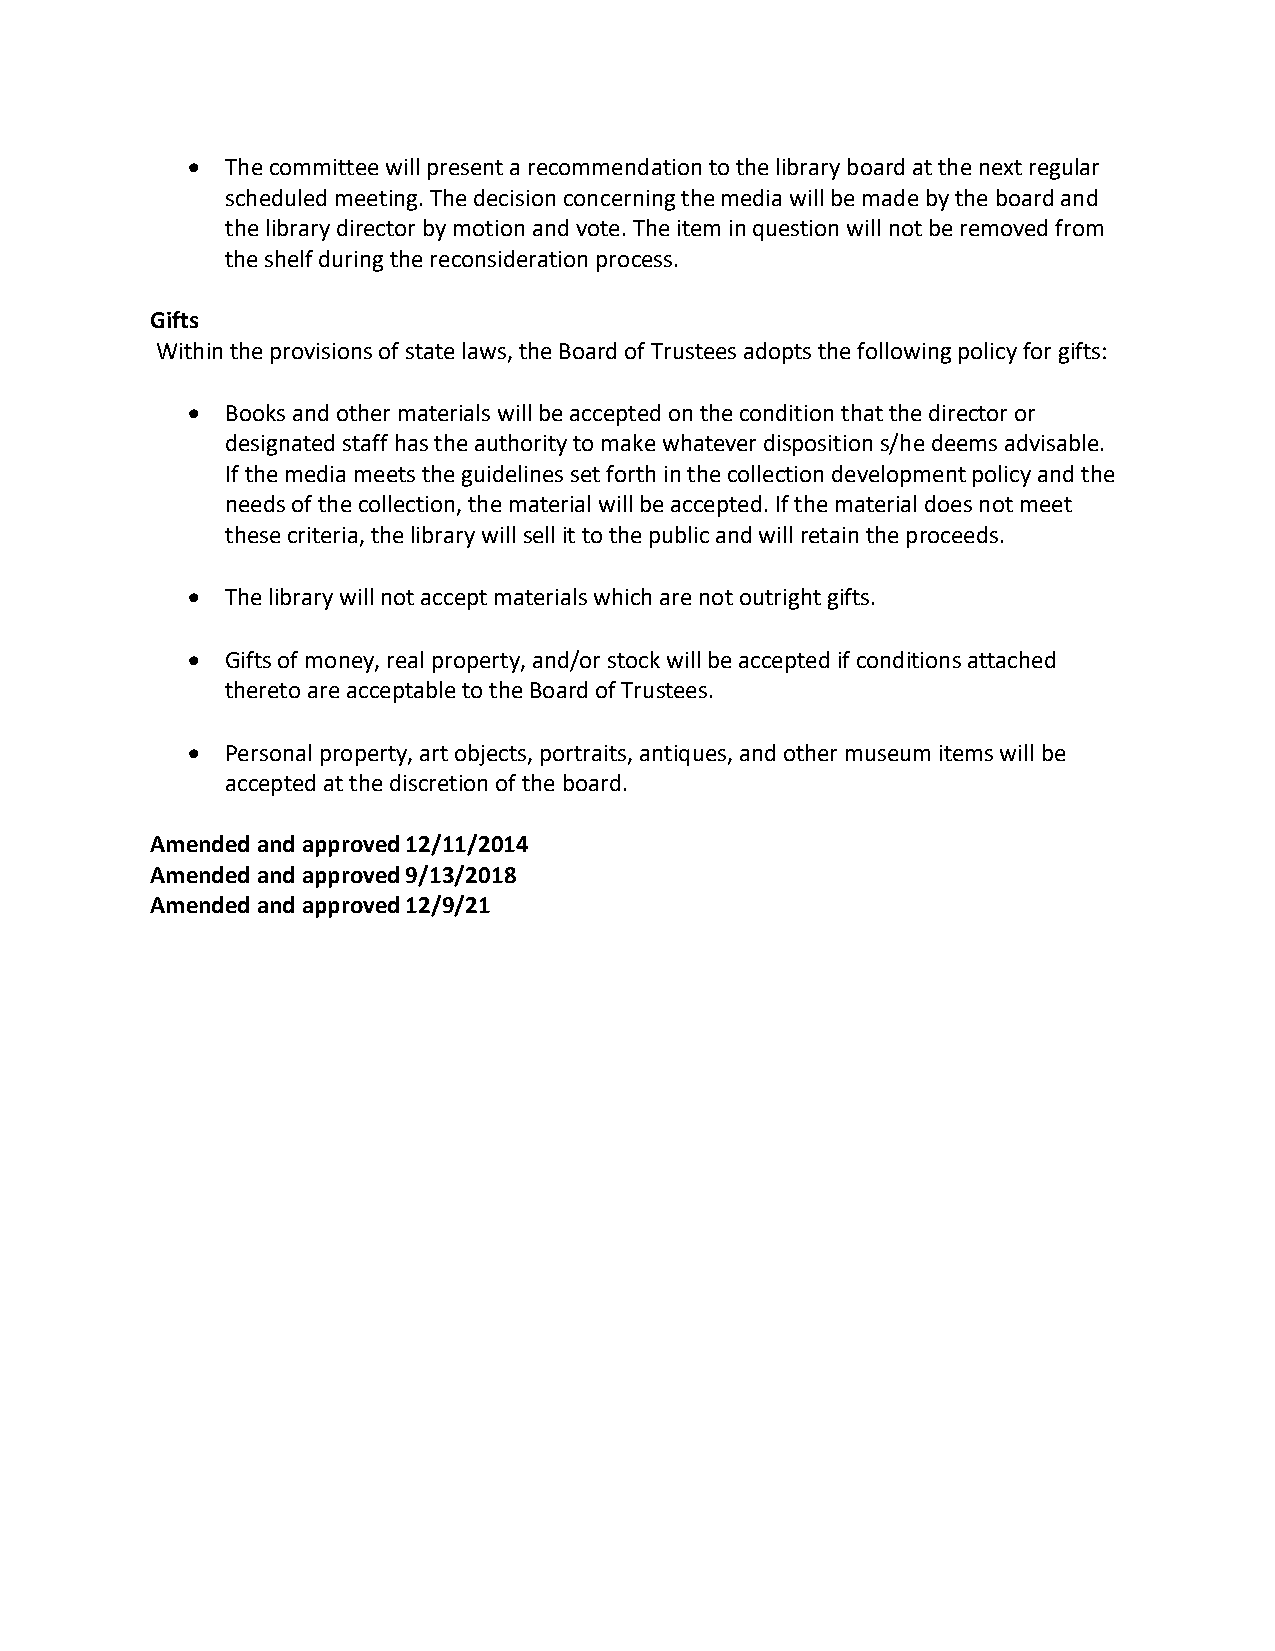
•  The committee will present a recommendation to the library board at the next regular
 scheduled meeting. The decision concerning the media will be made by the board and
 the library director by motion and vote. The item in question will not be removed from
 the shelf during the reconsideration process.
 Gifts
 Within the provisions of state laws, the Board of Trustees adopts the following policy for gifts:
 •  Books and other materials will be accepted on the condition that the director or
 designated staff has the authority to make whatever disposition s/he deems advisable.
 If the media meets the guidelines set forth in the collection development policy and the
 needs of the collection, the material will be accepted. If the material does not meet
 these criteria, the library will sell it to the public and will retain the proceeds.
 •  The library will not accept materials which are not outright gifts.
 •  Gifts of money, real property, and/or stock will be accepted if conditions attached
 thereto are acceptable to the Board of Trustees.
 •  Personal property, art objects, portraits, antiques, and other museum items will be
 accepted at the discretion of the board.
 Amended and approved 12/11/2014
 Amended and approved 9/13/2018
 Amended and approved 12/9/21